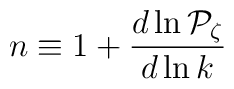
n \equiv 1+ {d\ln{\cal P}_{\zeta} \over d\ln k}